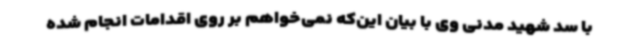
با سد شهید مدنی وی با بیان این‌که نمی‌خواهم بر روی اقدامات انجام شده